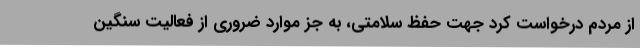
از مردم درخواست کرد جهت حفظ سلامتی، به جز موارد ضروری از فعالیت سنگین